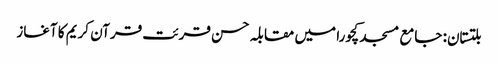
بلتستان: جامع مسجد کچورا میں مقابلہ حسن قرئت قرآن کریم کا آغاز